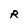
Character: R